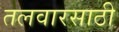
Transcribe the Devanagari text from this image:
तलवारसाठी